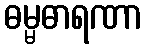
ဓမ္မဓာရဏာ